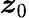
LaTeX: \boldsymbol{z}_{0}